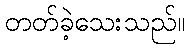
တတ်ခဲ့သေးသည်။